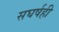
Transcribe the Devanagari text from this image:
सघर्षही